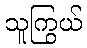
သူကြွယ်